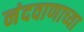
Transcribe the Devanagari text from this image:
नंदवाणाच्या